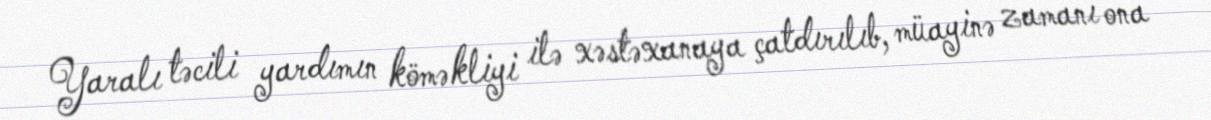
Yaralı təcili yardımın köməkliyi ilə xəstəxanaya çatdırılıb, müayinə zamanı ona